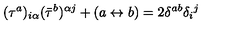
( \tau ^ { a } ) _ { i \alpha } ( \bar { \tau } ^ { b } ) ^ { \alpha j } + ( a \leftrightarrow b ) = 2 \delta ^ { a b } \delta _ { i } { } ^ { j }